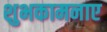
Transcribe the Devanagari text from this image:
शुभकामनाए